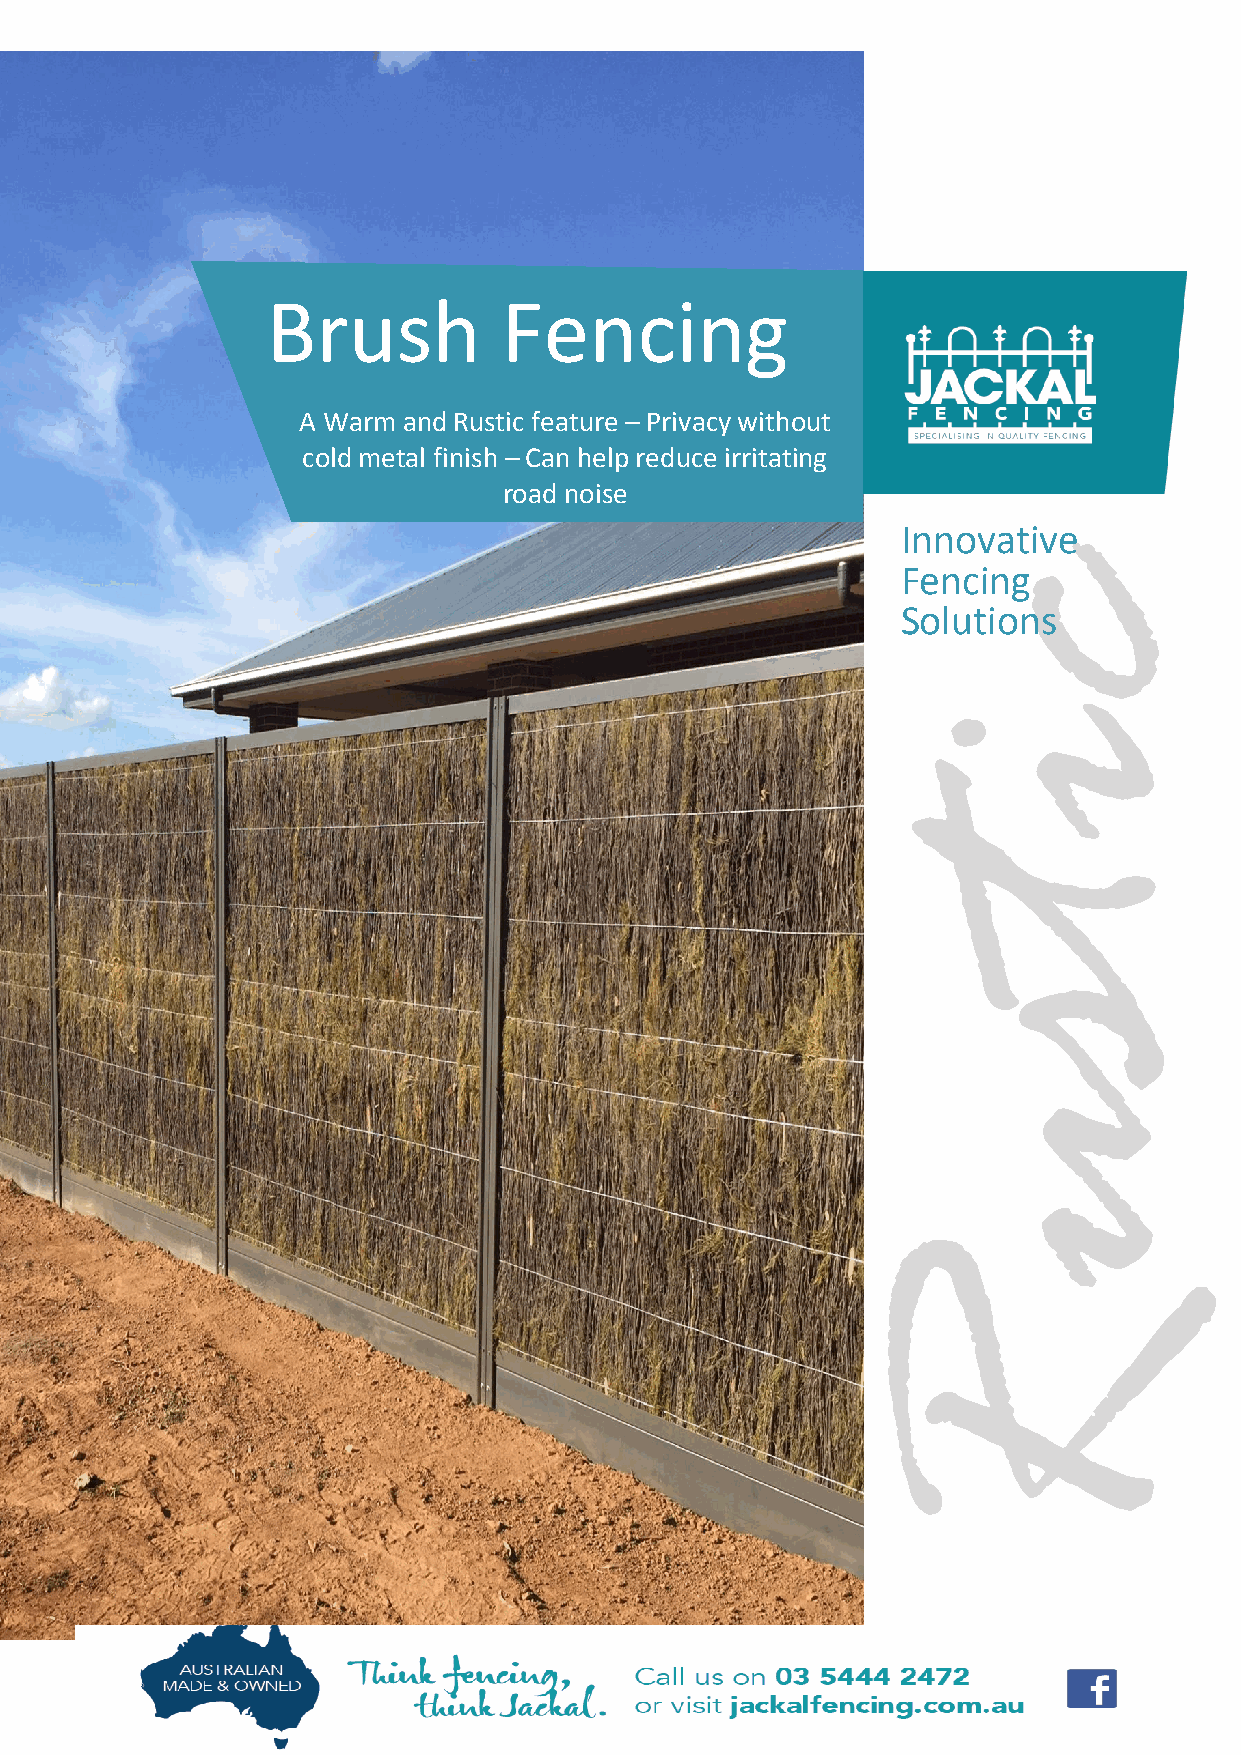
Brush          Fencing
 A Warm and Rustic feature – Privacy without
 cold metal finish – Can help reduce irritating
 road noise
 Innovative
 Fencing
 Solutions
 citsuR